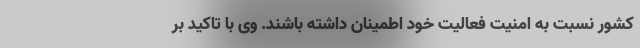
کشور نسبت به امنیت فعالیت خود اطمینان داشته باشند. وی با تاکید بر